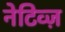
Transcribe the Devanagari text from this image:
नेटिव्ज़